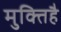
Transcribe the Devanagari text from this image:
मुक्तिहै